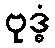
ဗုဒ္ဓံ